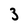
Character: 3